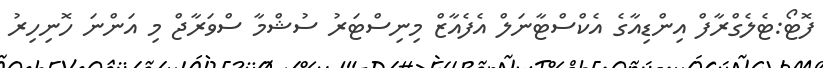
ފޮޓޯ:ޓެލެގްރާފް އިންޑިއާގެ އެކްސްޓާނަލް އެފެއާޒް މިނިސްޓަރު ސުޝްމާ ސްވަރާޖް މި އަންނަ ހޮނިހިރު